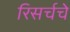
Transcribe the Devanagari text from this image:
रिसर्चचे